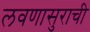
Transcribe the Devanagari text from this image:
लवणासुराची